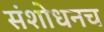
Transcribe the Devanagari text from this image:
संशोधनच